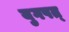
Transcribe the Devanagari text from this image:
युगपत्